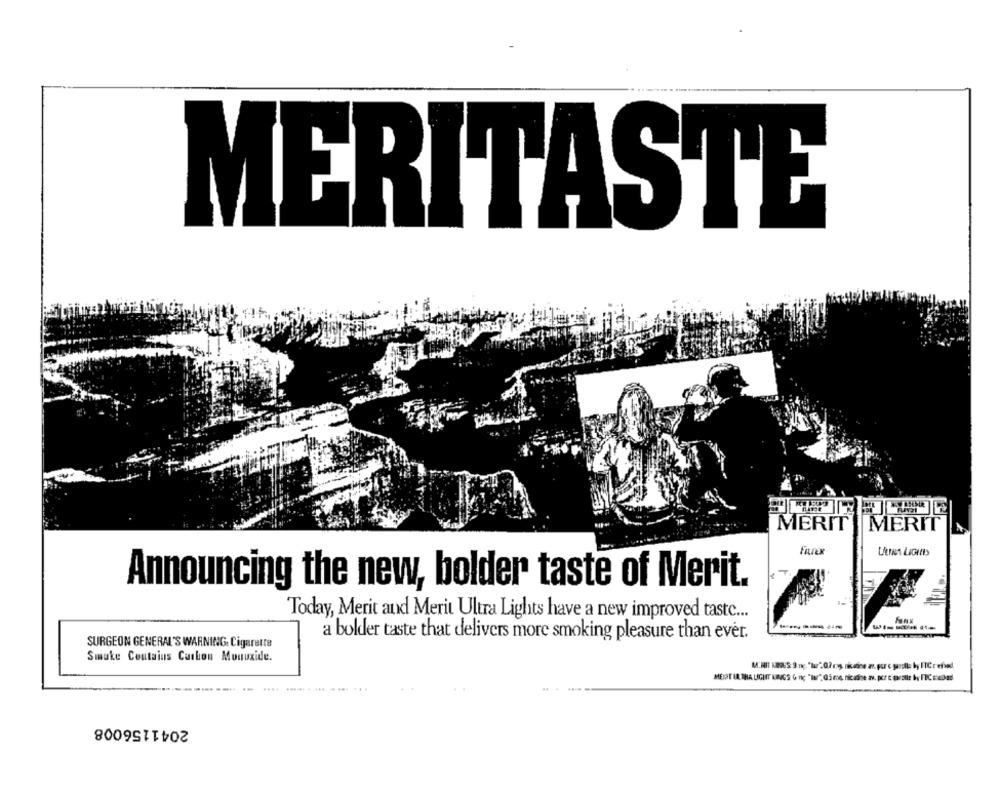
MERITASTE
MERIT
MERIT
Farex
Announcing the new, bolder taste of Merit.
Today, Merit and Merit Ultra Lights have a new improved taste ...
a bolder taste that delivers more smoking pleasure than ever.
SURGEON GENERAL'S WARNING. Cigarette
Smoke Contains Carbon Monoxide.
MEIST LA THA LIGHT KINGS G nic "Is" 05 me, nicade av. per t'paralle by FIC cedad
. ...
2041156008